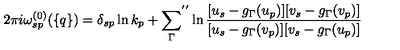
2 \pi i \omega _ { s p } ^ { ( 0 ) } ( \{ q \} ) = \delta _ { s p } \ln k _ { p } + { \sum _ { \Gamma } } ^ { ' ^ { \prime } } \ln \frac { [ u _ { s } - g _ { \Gamma } ( u _ { p } ) ] [ v _ { s } - g _ { \Gamma } ( v _ { p } ) ] } { [ u _ { s } - g _ { \Gamma } ( v _ { p } ) ] [ v _ { s } - g _ { \Gamma } ( u _ { p } ) ] }